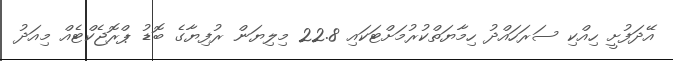
އޭދަފުށީ ހިއްކި ސަރަހައްދު ހިމާޔަތްކުރުމަށްޓަކައި 22.8 މިލިޔަން ރުފިޔާގެ ބޮޑު ޕްރޮޖެކްޓެއް މިއަދު